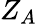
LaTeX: Z_{A}